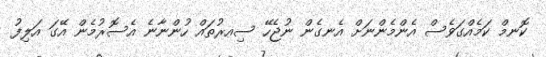
ކޮނމް ކަމެއްގަވެސް އެންމެންނަށް އެނގެން ނުޖެހޭ ސިއރުތައް ހުންނާނެ އެސޮރުމެން އޭގަ އަލިފު